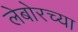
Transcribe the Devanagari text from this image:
लेबोरच्या